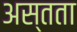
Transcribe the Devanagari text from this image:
अस्तता